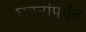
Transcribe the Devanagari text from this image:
घटनांपर्यंत